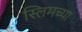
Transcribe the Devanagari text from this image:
स्लिमच्या